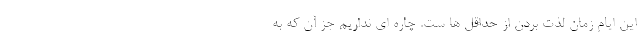
این ایام زمان لذت بردن از حداقل ها ست. چاره ای نداریم جز آن که به